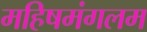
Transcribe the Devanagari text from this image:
महिषमंगलम